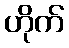
ဟိုက်